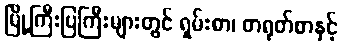
မြို့ကြီးပြကြီးများတွင် ရှမ်းစာ၊ တရုတ်စာနှင့်